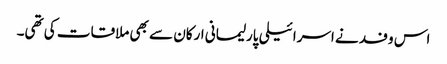
اس وفد نے اسرائیلی پارلیمانی ارکان سے بھی ملاقات کی تھی۔